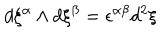
LaTeX: d \xi ^ { \alpha } \wedge d \xi ^ { \beta } = \epsilon ^ { \alpha \beta } d ^ { 2 } \xi